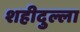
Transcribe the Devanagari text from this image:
शहीदुल्ला